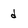
Character: d